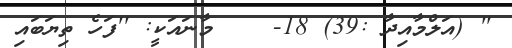
'' (އަލްމާއިދާ :39) 18-    މާނައަކީ: ''ފަހެ ތިޔަބައި